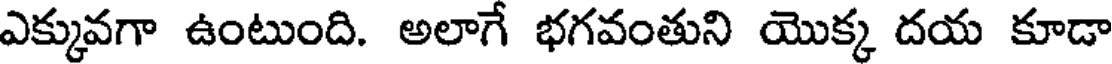
ఎక్కువగా ఉంటుంది. అలాగే భగవంతుని యొక్క దయ కూడా